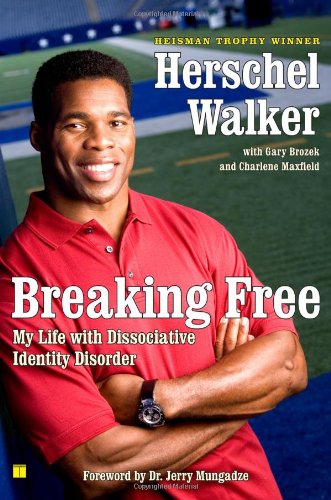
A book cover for Breaking Free: My Life with Dissociative Identity Disorder; Herschel Walker; Health, Fitness & Dieting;